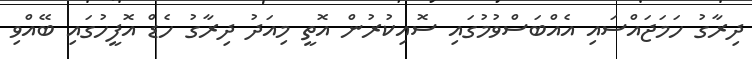
ދިރާގު ހަމަޖައްސައި އެއްބަސްވުމުގައި ސޮއިކުރުން އޮތީ މިއަދު ދިރާގު ހެޑް އޮފީހުގައި ބޭއްވި